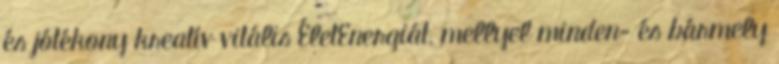
és jótékony kreatív vitális ÉletEnergiát, mellyel minden- és bármely